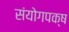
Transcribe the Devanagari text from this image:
संयोगपक्ष